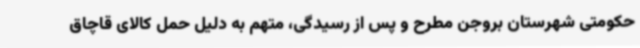
حکومتی شهرستان بروجن مطرح و پس از رسیدگی، متهم به دلیل حمل کالای قاچاق